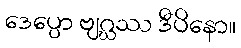
ဒေပ္ပော ဗျဂ္ဃဿ ဒီပိနော။